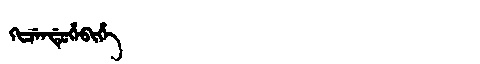
Manchu: ᡴᡳᠴᡝᠨᡩᡠᡥᡝᠪᡳᡥᡝ
Romanization: KICENDUHEBIHE